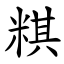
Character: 粸